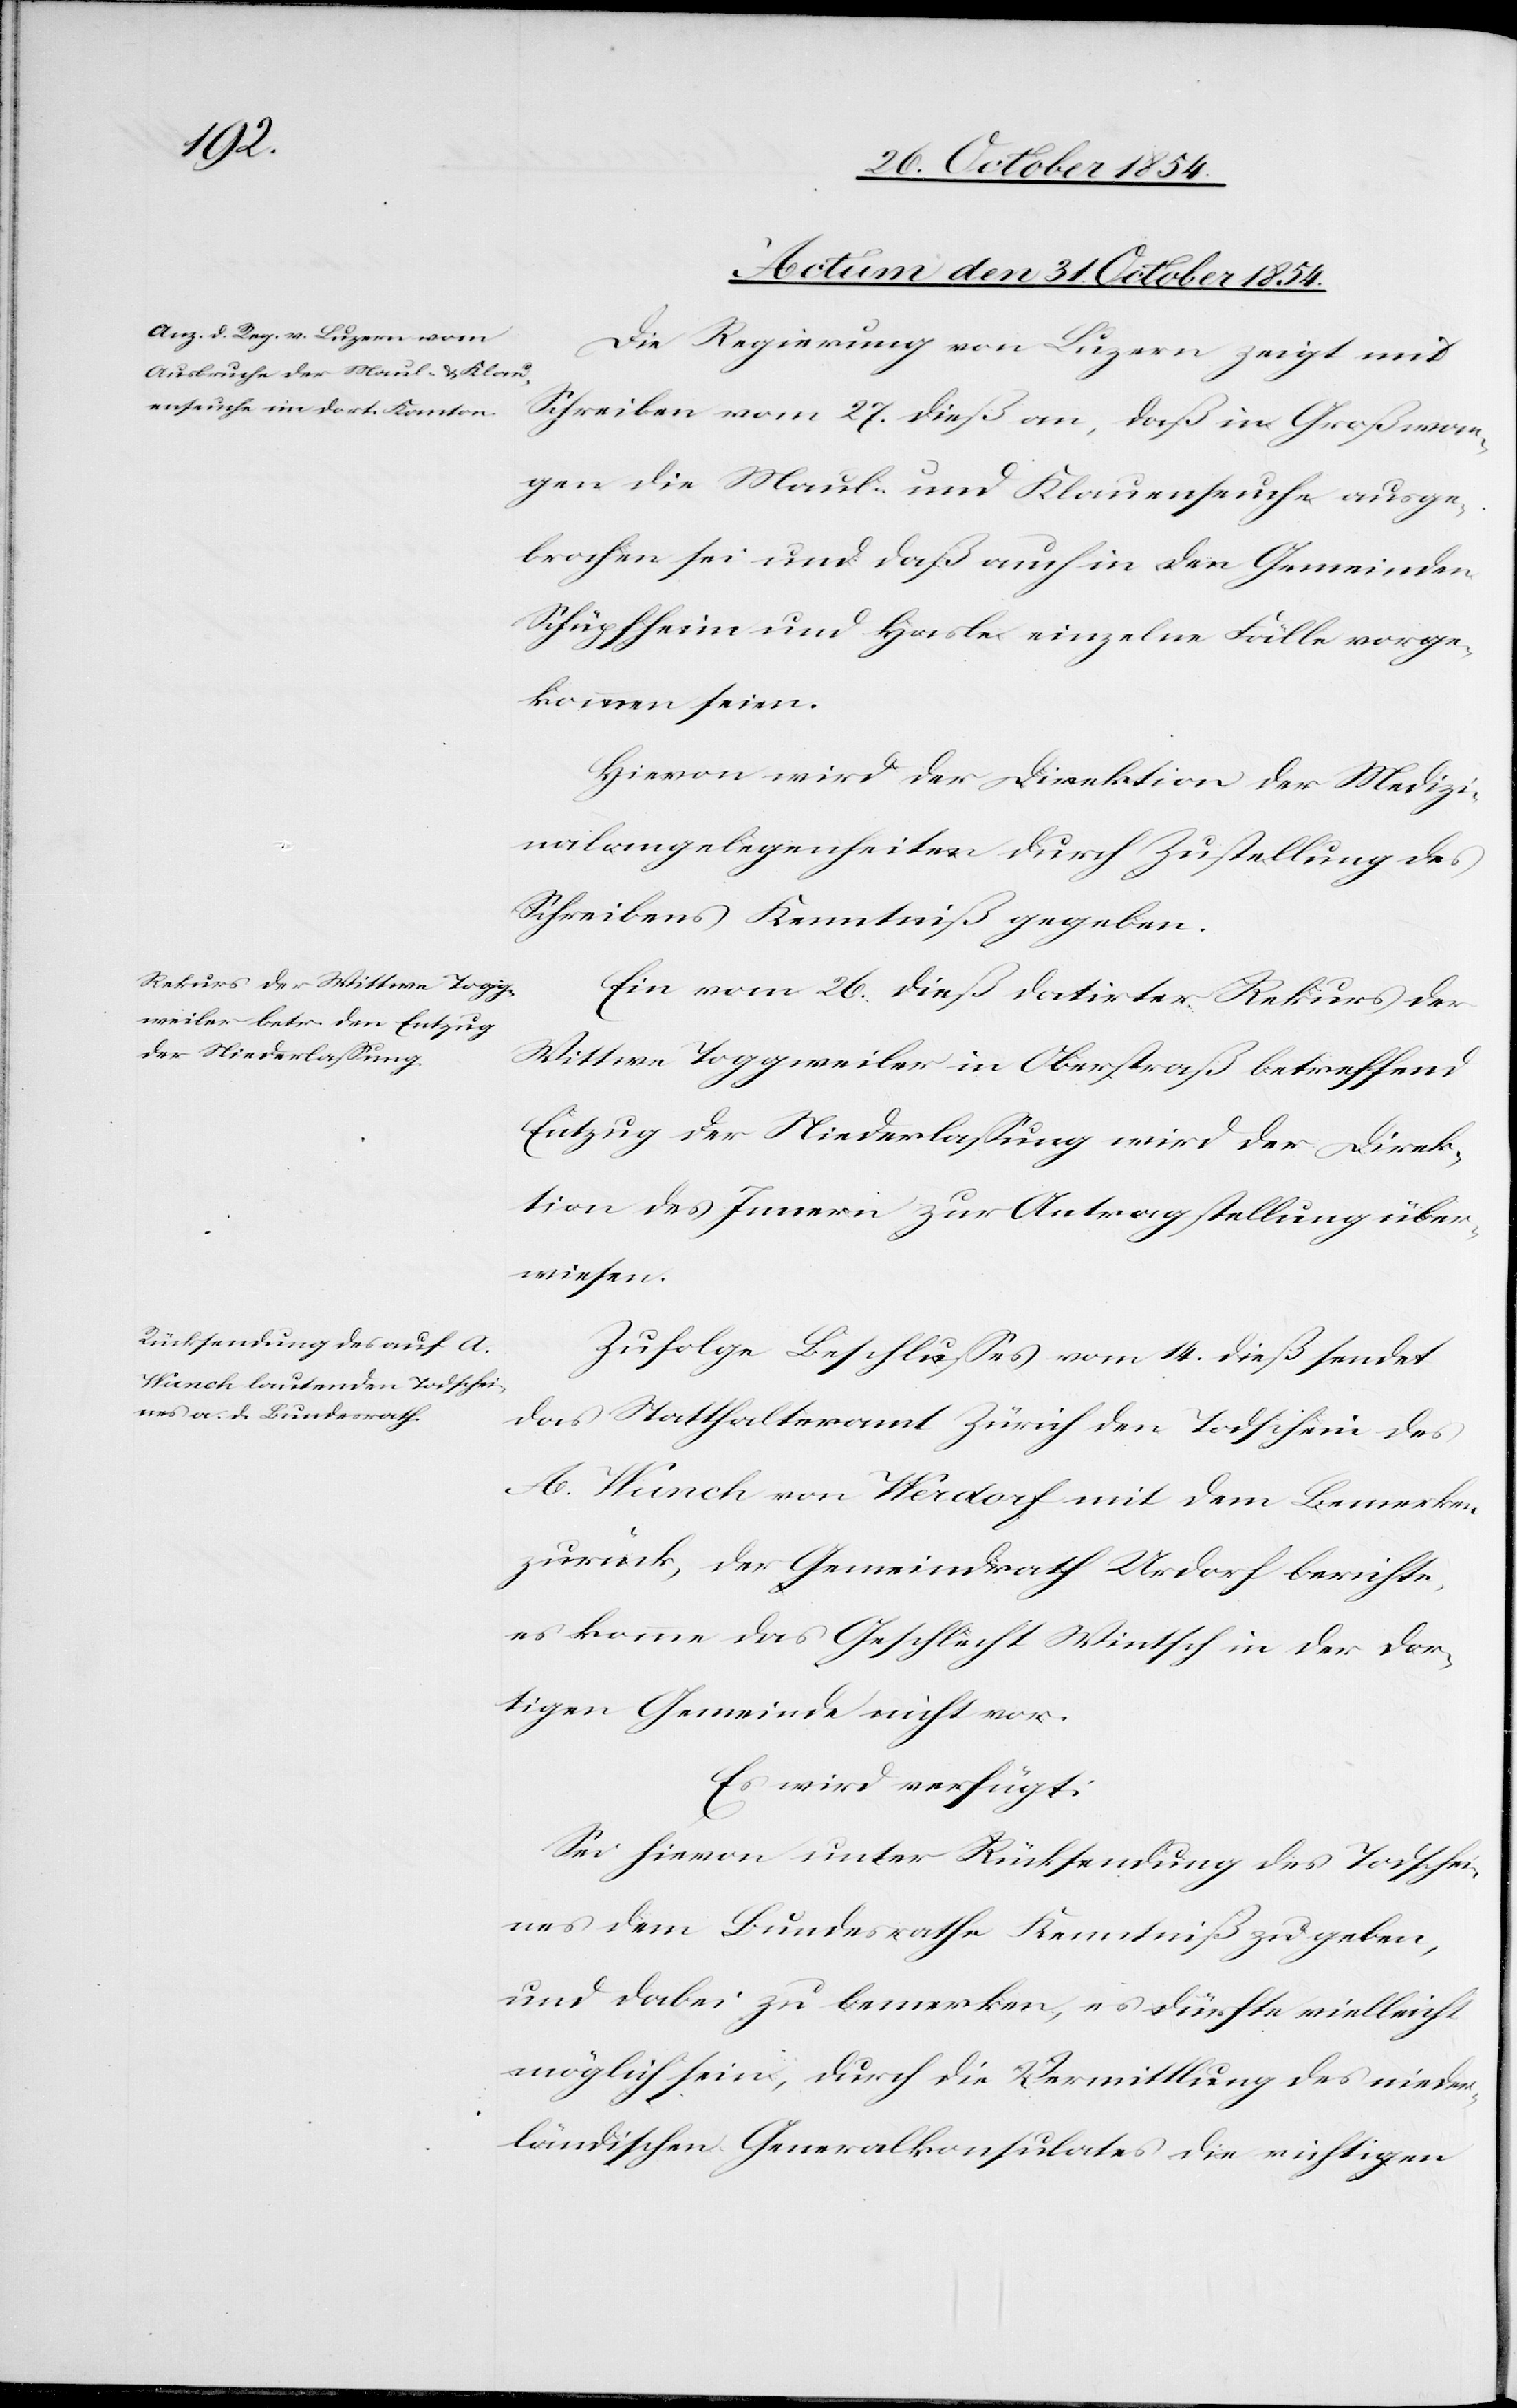
Actum den 31. October 1854.]
Die Regierung von Luzern zeigt mit
Schreiben vom 27. dieß an, daß in Großwan¬
gen die Maul- und Klauenseuche ausge¬
brochen sei und daß auch in den Gemeinden
Schüpfheim und Hasle einzelne Fälle vorge¬
kommen seien.
Hievon wird der Direktion der Medizi¬
nalangelegenheiten durch Zustellung des
Schreibens Kenntniß gegeben.
Ein vom 26. dieß datirter Rekurs der
Wittwe Toggweiler in Oberstraß betreffend
Entzug der Niederlaßung wird der Direk¬
tion des Innern zur Antragstellung über¬
wiesen.
Zufolge Beschlußes vom 14. dieß sendet
das Statthalteramt Zürich den Todschein des
A. Wunch von Werdorf mit dem Bemerken
zurück, der Gemeindrath berichte,
es komme das Geschlecht Wintsch in der dor¬
tigen Gemeinde nicht vor.
Es wird verfügt:
Sei hievon unter Rücksendung des Todschei¬
nes dem Bundesrathe Kenntniß zu geben,
und dabei zu bemerken, es dürfte vielleicht
möglich sein, durch die Vermittlung des nieder¬
ländischen Generalkonsulates die richtigen